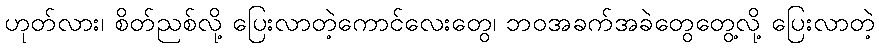
ဟုတ်လား၊ စိတ်ညစ်လို့ ပြေးလာတဲ့ကောင်လေးတွေ၊ ဘဝအခက်အခဲတွေတွေ့လို့ ပြေးလာတဲ့